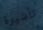
تأشيرة